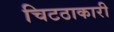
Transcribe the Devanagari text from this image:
चिटठाकारी